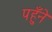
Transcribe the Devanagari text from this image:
पहुँने